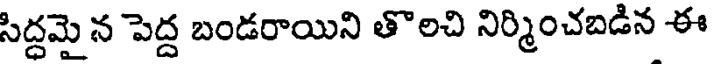
సిద్దమై న పెద్ద బండరాయిని తొలచి నిర్మించబడిన ఈ